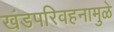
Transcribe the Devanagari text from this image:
खंडपरिवहनामुळे